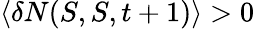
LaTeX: \langle\delta N(S,S,t+1)\rangle>0